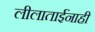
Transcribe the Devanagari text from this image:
लीलाताईंनाही